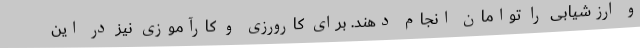
و ارزشیابی را توامان انجام دهند. برای کارورزی و کارآموزی نیز در این